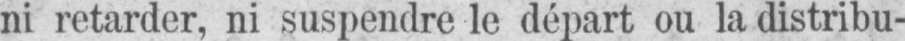
ni retarder, ni suspendre le départ ou la distribu-